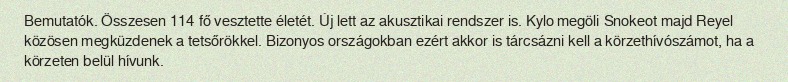
Bemutatók. Összesen 114 fő vesztette életét. Új lett az akusztikai rendszer is. Kylo megöli Snokeot majd Reyel közösen megküzdenek a tetsőrökkel. Bizonyos országokban ezért akkor is tárcsázni kell a körzethívószámot, ha a körzeten belül hívunk.